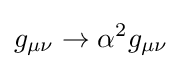
g_{\mu \nu }\rightarrow \alpha ^{2}g_{\mu \nu }